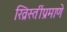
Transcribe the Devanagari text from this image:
ख्रिस्तींप्रमाणे